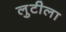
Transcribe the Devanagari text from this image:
लुटीला